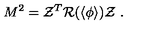
M ^ { 2 } = { \cal Z } ^ { T } { \cal R } ( \langle \phi \rangle ) { \cal Z } \ .